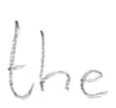
Text: the
Cross-out: clean
Writing tool: pencil